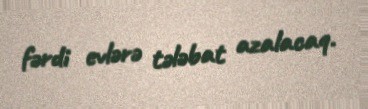
fərdi evlərə tələbat azalacaq.